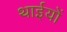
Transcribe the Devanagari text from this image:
थाईयों